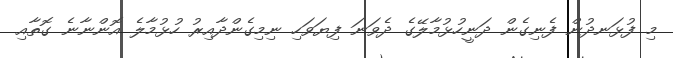
މި ފުޅަނދުން ފެނިގެން ދަނީހުޅުމާލޭގެ ދެވަނަ ފިޔަވަހި ނިމިގެންދާއިރު ހުޅުމާލެ އޮންނާނެ ގޮތާއި